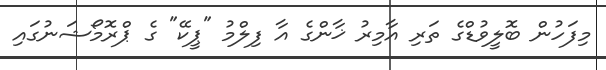
މިފަހުން ބޮލީވުޑްގެ ތަރި އާމިރު ޚާންގެ އާ ފިލްމު "ޕީކޭ" ގެ ޕްރޮމޯޝަނުގައި